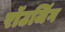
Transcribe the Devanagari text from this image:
रॉउजिंग